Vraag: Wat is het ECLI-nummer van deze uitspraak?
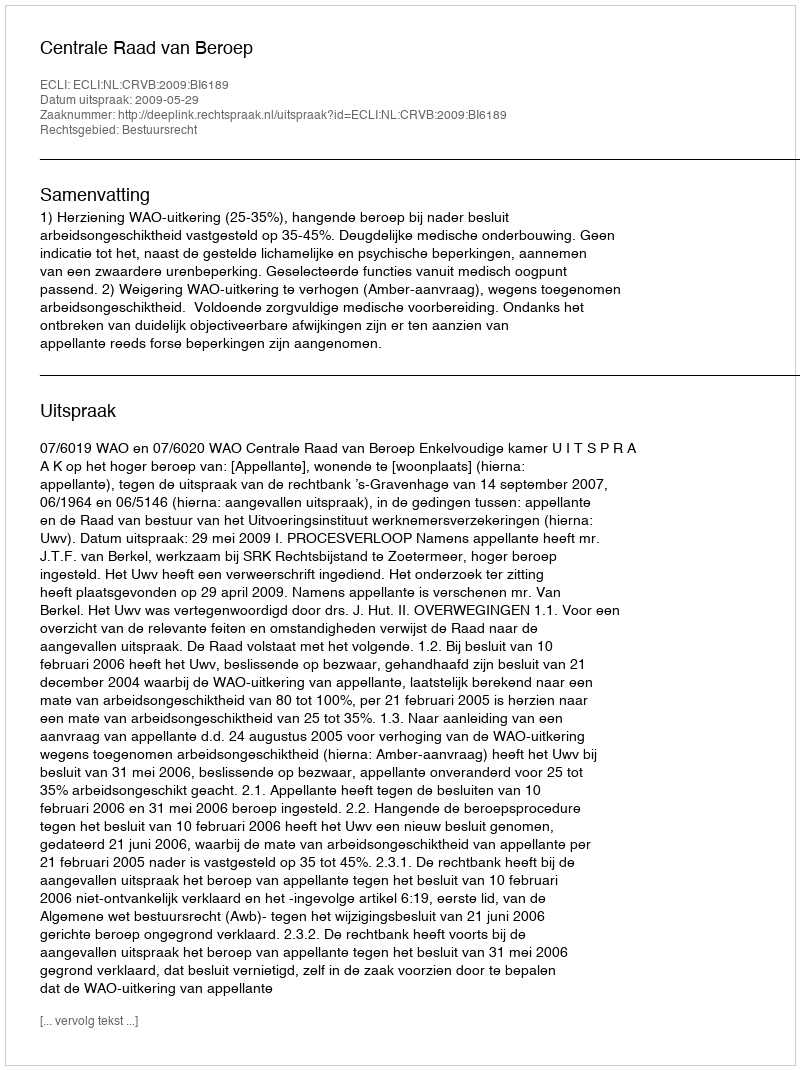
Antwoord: ECLI:NL:CRVB:2009:BI6189